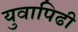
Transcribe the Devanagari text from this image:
युवापिढी